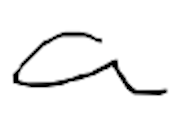
Text: a
Cross-out: clean
Writing tool: digital_black